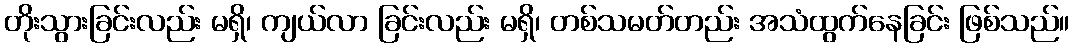
တိုးသွားခြင်းလည်း မရှိ၊ ကျယ်လာ ခြင်းလည်း မရှိ၊ တစ်သမတ်တည်း အသံထွက်နေခြင်း ဖြစ်သည်။